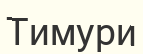
Тимури